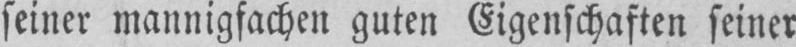
seiner mannigfachen guten Eigenschaften seiner